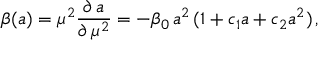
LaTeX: \beta ( a ) = \mu ^ { 2 } \frac { \partial \, a } { \partial \, \mu ^ { 2 } } = - \beta _ { 0 } \, a ^ { 2 } \, ( 1 + c _ { 1 } a + c _ { 2 } a ^ { 2 } ) \, ,